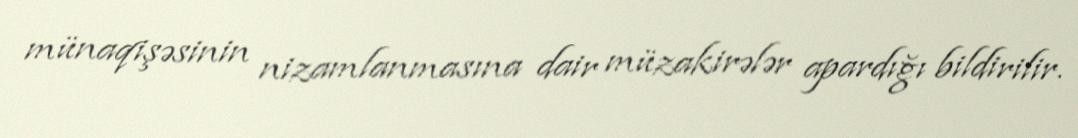
münaqişəsinin nizamlanmasına dair müzakirələr apardığı bildirilir.